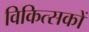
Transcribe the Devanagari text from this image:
विकित्सकों